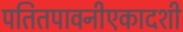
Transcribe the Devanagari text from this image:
पतितपावनीएकादशी